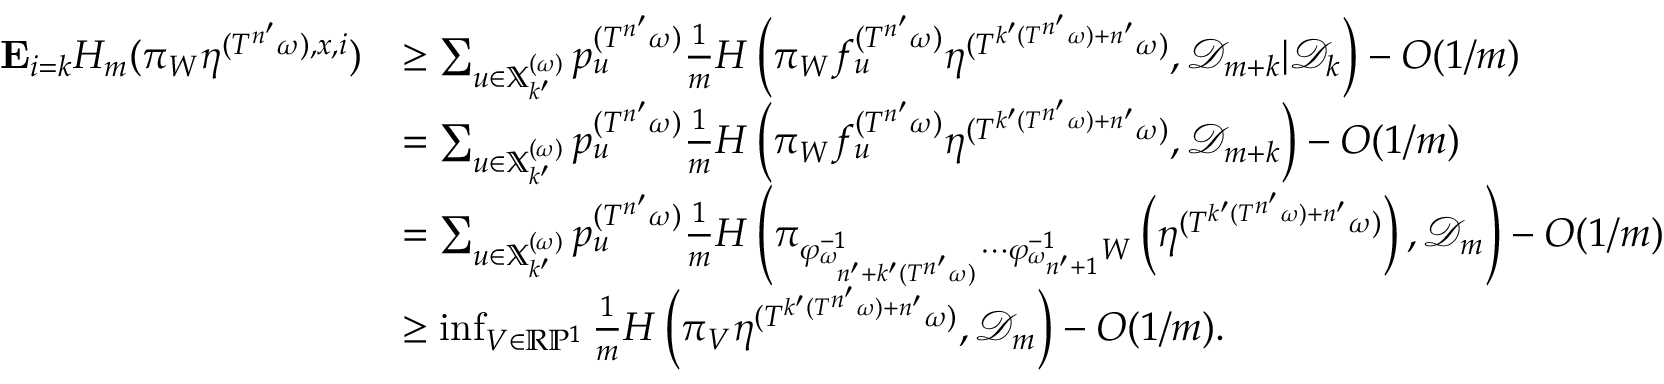
\begin{array} { r l } { \mathbf E _ { i = k } H _ { m } ( \pi _ { W } \eta ^ { ( T ^ { n ^ { \prime } } \omega ) , x , i } ) } & { \geq \sum _ { u \in \mathbb { X } _ { k ^ { \prime } } ^ { ( \omega ) } } p _ { u } ^ { ( T ^ { n ^ { \prime } } \omega ) } \frac { 1 } { m } H \left( \pi _ { W } f _ { u } ^ { ( T ^ { n ^ { \prime } } \omega ) } \eta ^ { ( T ^ { k ^ { \prime } ( T ^ { n ^ { \prime } } \omega ) + n ^ { \prime } } \omega ) } , { \mathcal D } _ { m + k } | { \mathcal D } _ { k } \right) - O ( 1 / m ) } \\ & { = \sum _ { u \in \mathbb { X } _ { k ^ { \prime } } ^ { ( \omega ) } } p _ { u } ^ { ( T ^ { n ^ { \prime } } \omega ) } \frac { 1 } { m } H \left( \pi _ { W } f _ { u } ^ { ( T ^ { n ^ { \prime } } \omega ) } \eta ^ { ( T ^ { k ^ { \prime } ( T ^ { n ^ { \prime } } \omega ) + n ^ { \prime } } \omega ) } , { \mathcal D } _ { m + k } \right) - O ( 1 / m ) } \\ & { = \sum _ { u \in \mathbb { X } _ { k ^ { \prime } } ^ { ( \omega ) } } p _ { u } ^ { ( T ^ { n ^ { \prime } } \omega ) } \frac { 1 } { m } H \left( \pi _ { \varphi _ { \omega _ { n ^ { \prime } + k ^ { \prime } ( T ^ { n ^ { \prime } } \omega ) } } ^ { - 1 } \cdots \varphi _ { \omega _ { n ^ { \prime } + 1 } } ^ { - 1 } W } \left( \eta ^ { ( T ^ { k ^ { \prime } ( T ^ { n ^ { \prime } } \omega ) + n ^ { \prime } } \omega ) } \right) , { \mathcal D } _ { m } \right) - O ( 1 / m ) } \\ & { \geq \operatorname* { i n f } _ { V \in \mathbb R \mathbb P ^ { 1 } } \frac { 1 } { m } H \left( \pi _ { V } \eta ^ { ( T ^ { k ^ { \prime } ( T ^ { n ^ { \prime } } \omega ) + n ^ { \prime } } \omega ) } , { \mathcal D } _ { m } \right) - O ( 1 / m ) . } \end{array}